Report of the Imperial Institute of Veterinary Research, Muktesar
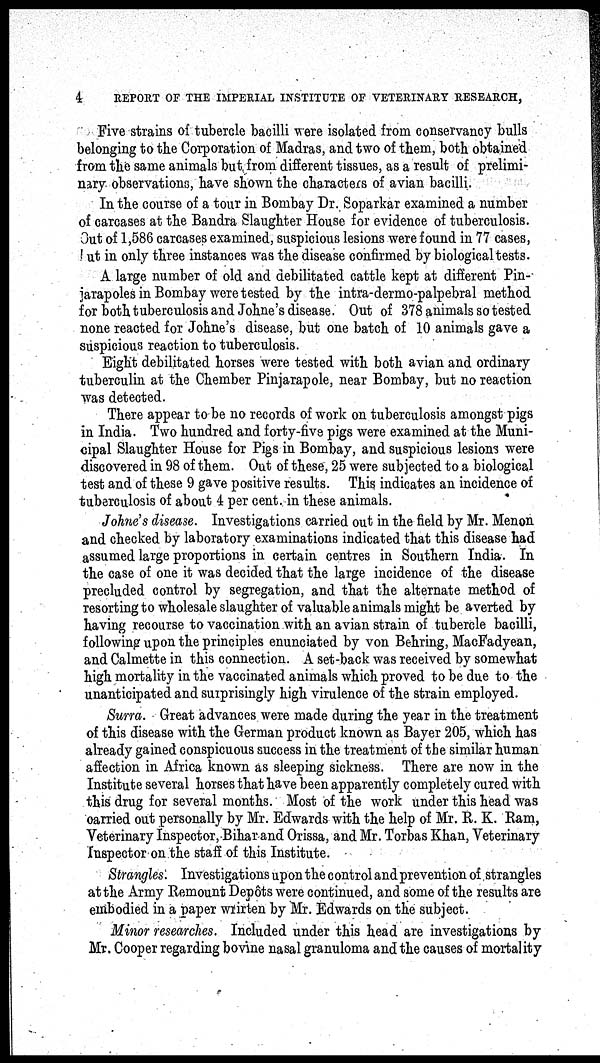
4
REPORT OF THE IMPERIAL INSTITUTE OF VETERINARY RESEARCH,
Five strains of tubercle bacilli were isolated from conservancy bulls
belonging to the Corporation of Madras, and two of them, both obtained
from the same animals but from different tissues, as a result of prelimi-
nary observations, have shown the characters of avian bacilli.
In the course of a tour in Bombay Dr. Soparkar examined a number
of carcases at the Bandra Slaughter House for evidence of tuberculosis.
Out of 1,586 carcases examined, suspicious lesions were found in 77 cases,
but in only three instances was the disease confirmed by biological tests.
A large number of old and debilitated cattle kept at different Pin-
jarapoles in Bombay were tested by the intra-dermo-palpebral method
for both tuberculosis and Johne's disease. Out of 378 animals so tested
none reacted for Johne's disease, but one batch of 10 animals gave a
suspicious reaction to tuberculosis.
Eight debilitated horses were tested with both avian and ordinary
tuberculin at the Chember Pinjarapole, near Bombay, but no reaction
was detected.
There appear to be no records of work on tuberculosis amongst pigs
in India. Two hundred and forty-five pigs were examined at the Muni-
cipal Slaughter House for Pigs in Bombay, and suspicious lesions were
discovered in 98 of them. Out of these, 25 were subjected to a biological
test and of these 9 gave positive results. This indicates an incidence of
tuberculosis of about 4 per cent. in these animals.
Johne's disease. Investigations carried out in the field by Mr. Menon
and checked by laboratory examinations indicated that this disease had
assumed large proportions in certain centres in Southern India. In
the case of one it was decided that the large incidence of the disease
precluded control by segregation, and that the alternate method of
resorting to wholesale slaughter of valuable animals might be averted by
having recourse to vaccination with an avian strain of tubercle bacilli,
following upon the principles enunciated by von Behring, MacFadyean,
and Calmette in this connection. A set-back was received by somewhat
high mortality in the vaccinated animals which proved to be due to the
unanticipated and surprisingly high virulence of the strain employed.
Surra. Great advances were made during the year in the treatment
of this disease with the German product known as Bayer 205, which has
already gained conspicuous success in the treatment of the similar human
affection in Africa known as sleeping sickness. There are now in the
Institute several horses that have been apparently completely cured with
this drug for several months. Most of the work under this head was
carried out personally by Mr. Edwards with the help of Mr. R. K. Ram,
Veterinary Inspector, Bihar and Orissa, and Mr. Torbas Khan, Veterinary
Inspector on the staff of this Institute.
Strangles. Investigations upon the control and prevention of strangles
at the Army Remount Depôts were continued, and some of the results are
embodied in a paper wrirten by Mr. Edwards on the subject.
Minor researches. Included under this head are investigations by
Mr. Cooper regarding bovine nasal granuloma and the causes of mortality